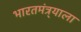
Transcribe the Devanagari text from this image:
भारतमंत्र्याला